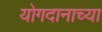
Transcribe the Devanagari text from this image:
योगदानाच्या